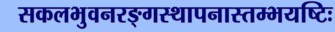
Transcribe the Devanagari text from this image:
सकलभुवनरङ्गस्थापनास्तम्भयष्टिः